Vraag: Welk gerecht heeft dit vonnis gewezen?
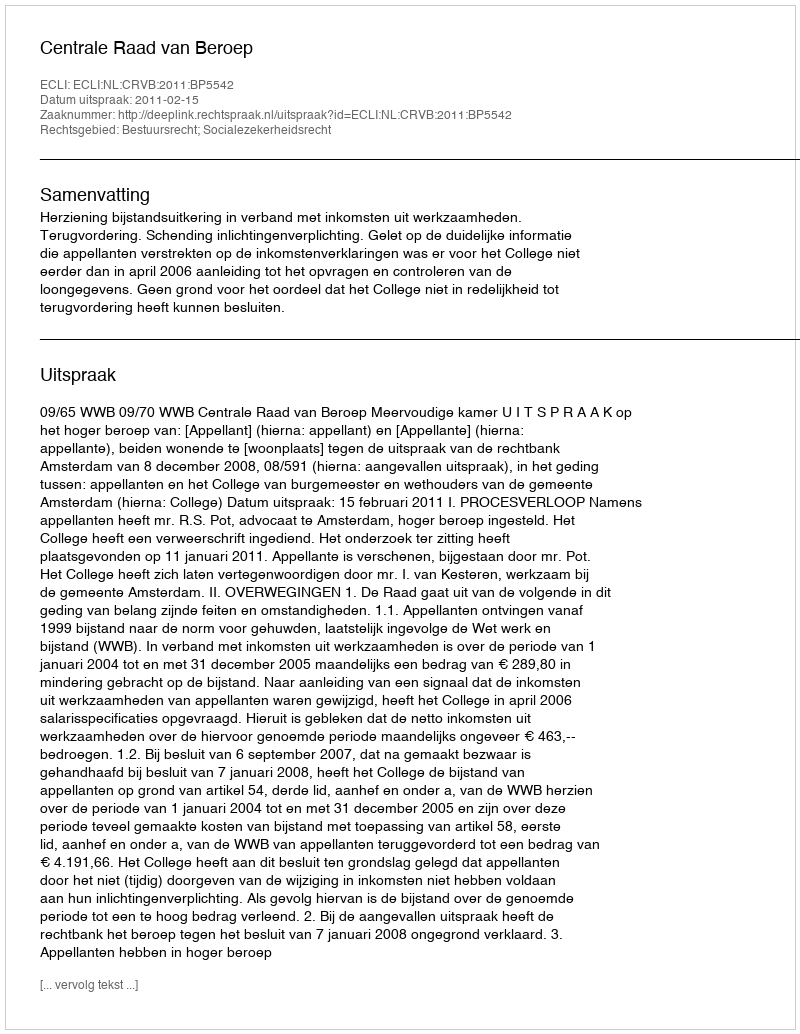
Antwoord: Centrale Raad van Beroep